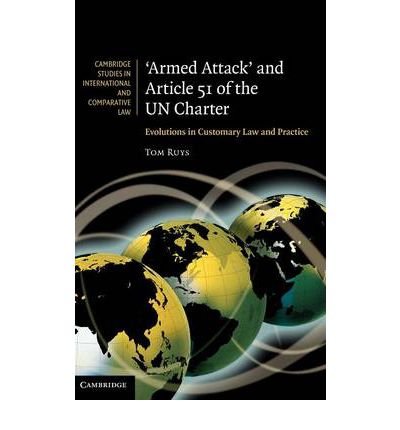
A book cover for [ Armed Attack and Article 51 of the UN Charter: Evolutions in Customary Law and Practice (Cambridge Studies in International and Comparative Law (Unnumbered)) ] By Ruys, Tom ( Author ) [ 2011 ) [ Hardcover ]; Tom Ruys; Law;